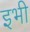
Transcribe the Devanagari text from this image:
इभी